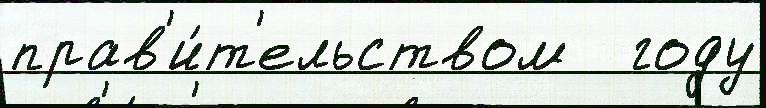
прав'и́т'ельством   году